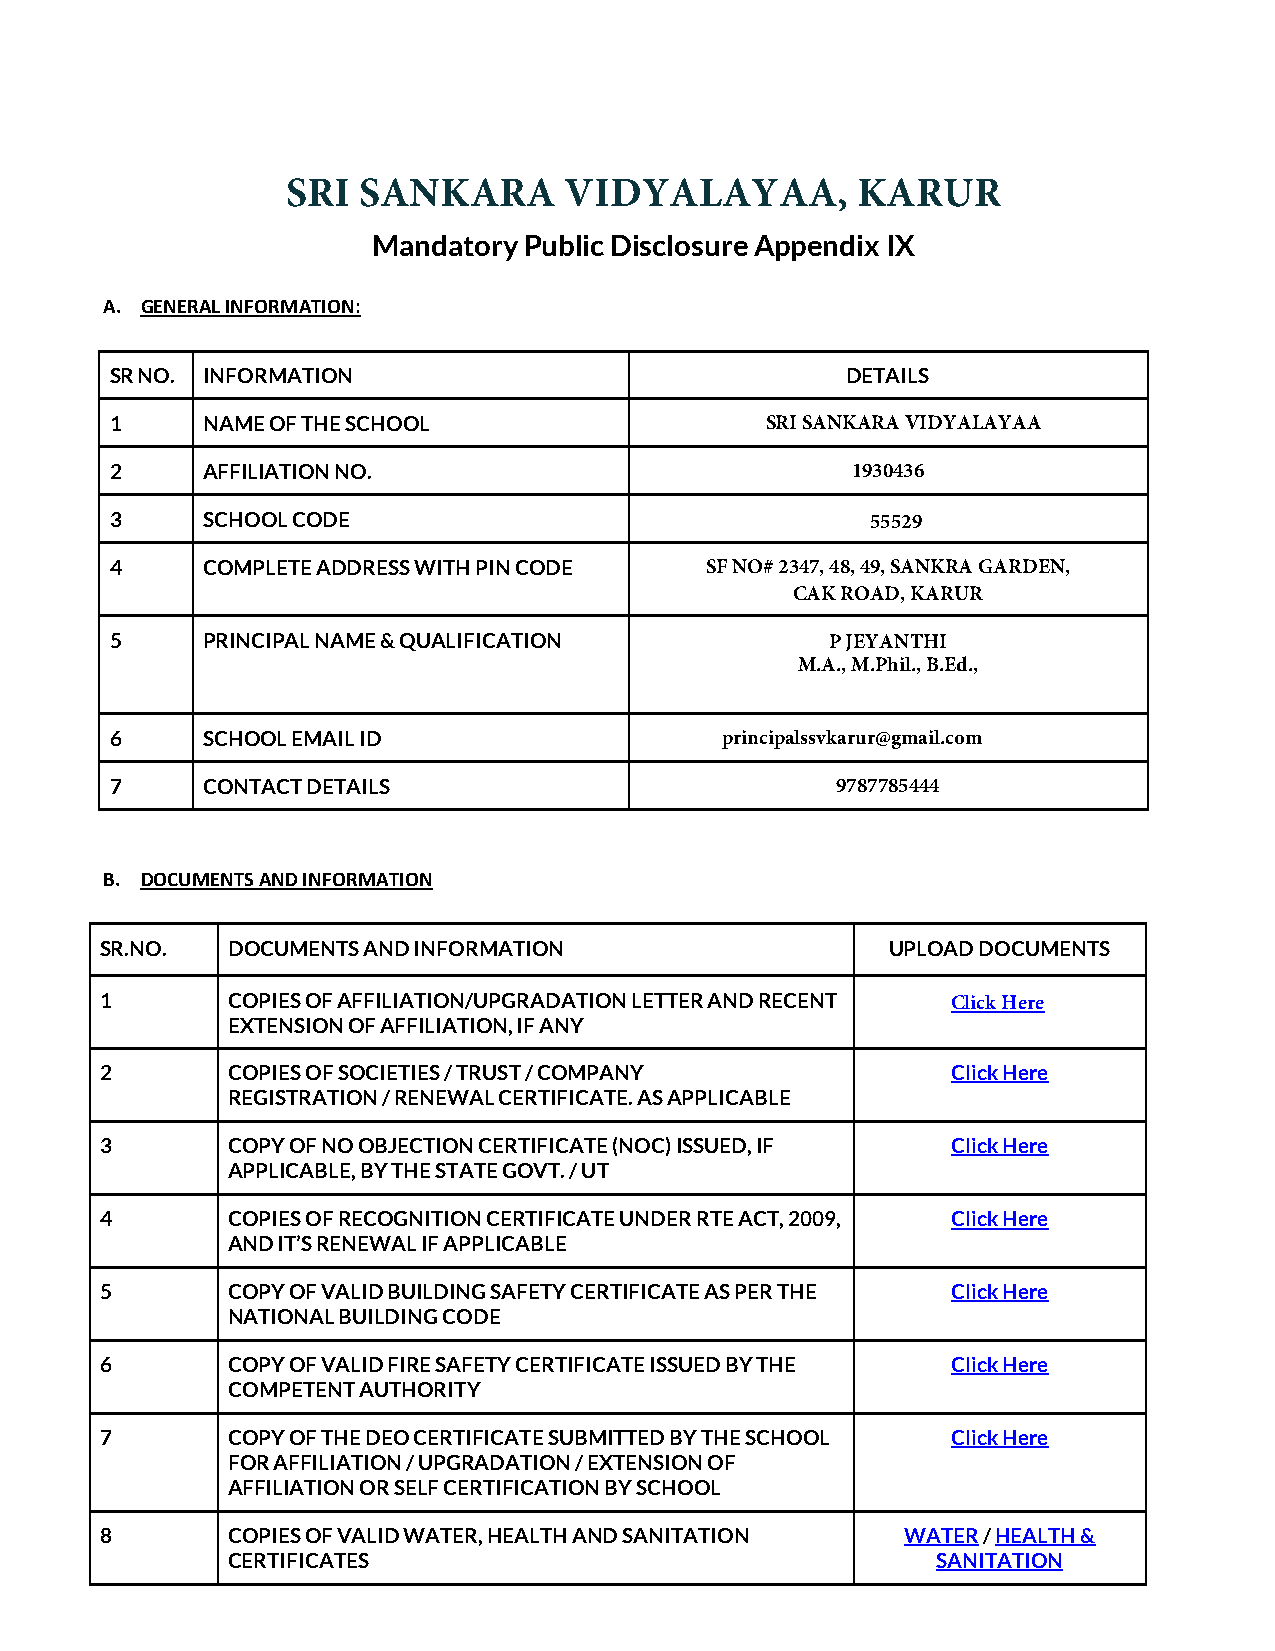
SRI  SANKARA      VIDYALAYAA,         KARUR
 Mandatory Public Disclosure Appendix IX
 A. GENERAL INFORMATION:
 SR NO. INFORMATION                               DETAILS
 1     NAME OF THE SCHOOL                    SRI SANKARA VIDYALAYAA
 2     AFFILIATION NO.                            1930436
 3     SCHOOL CODE                                  55529
 4     COMPLETE ADDRESS WITH PIN CODE    SF NO# 2347, 48, 49, SANKRA GARDEN,
 CAK ROAD, KARUR
 5     PRINCIPAL NAME & QUALIFICATION            P JEYANTHI
 M.A., M.Phil., B.Ed.,
 6     SCHOOL EMAIL ID                    principalssvkarur@gmail.com
 7     CONTACT DETAILS                           9787785444
 B. DOCUMENTS AND INFORMATION
 SR.NO.  DOCUMENTS AND INFORMATION                   UPLOAD DOCUMENTS
 1       COPIES OF AFFILIATION/UPGRADATION LETTER AND RECENT Click Here
 EXTENSION OF AFFILIATION, IF ANY
 2       COPIES OF SOCIETIES / TRUST / COMPANY           Click Here
 REGISTRATION / RENEWAL CERTIFICATE. AS APPLICABLE
 3       COPY OF NO OBJECTION CERTIFICATE (NOC) ISSUED, IF Click Here
 APPLICABLE, BY THE STATE GOVT. / UT
 4       COPIES OF RECOGNITION CERTIFICATE UNDER RTE ACT, 2009, Click Here
 AND IT’S RENEWAL IF APPLICABLE
 5       COPY OF VALID BUILDING SAFETY CERTIFICATE AS PER THE Click Here
 NATIONAL BUILDING CODE
 6       COPY OF VALID FIRE SAFETY CERTIFICATE ISSUED BY THE Click Here
 COMPETENT AUTHORITY
 7       COPY OF THE DEO CERTIFICATE SUBMITTED BY THE SCHOOL Click Here
 FOR AFFILIATION / UPGRADATION / EXTENSION OF
 AFFILIATION OR SELF CERTIFICATION BY SCHOOL
 8       COPIES OF VALID WATER, HEALTH AND SANITATION WATER / HEALTH &
 CERTIFICATES                                   SANITATION